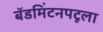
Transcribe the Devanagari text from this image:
बॅडमिंटनपटूला